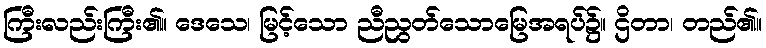
ကြီးလည်းကြီး၏။ ဒေသေ၊ မြင့်သော ညီညွတ်သောမြေအရပ်၌။ ဌိတာ၊ တည်၏။